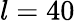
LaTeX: l=40